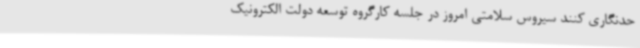
حدنگاری کنند سیروس سلامتی امروز در جلسه کارگروه توسعه دولت الکترونیک